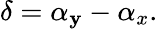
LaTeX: \delta=\alpha_{\mathbf{y}}-\alpha_{x}.